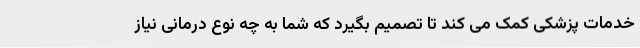
خدمات پزشکی کمک می کند تا تصمیم بگیرد که شما به چه نوع درمانی نیاز